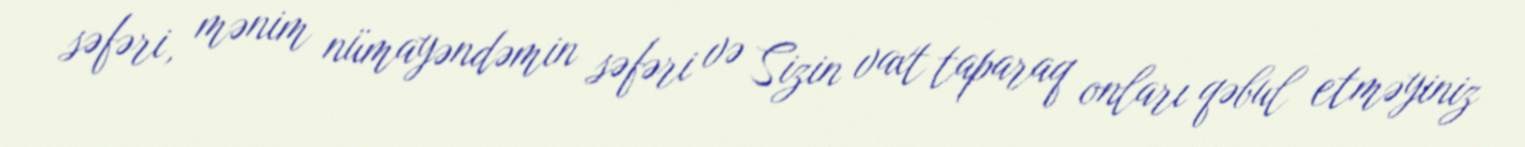
səfəri, mənim nümayəndəmin səfəri və Sizin vaxt taparaq onları qəbul etməyiniz